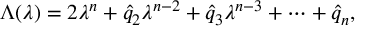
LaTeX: \Lambda ( \lambda ) = 2 \lambda ^ { n } + \hat { q } _ { 2 } \lambda ^ { n - 2 } + \hat { q } _ { 3 } \lambda ^ { n - 3 } + \cdots + \hat { q } _ { n } ,